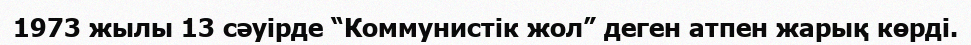
1973 жылы 13 сәуірде “Коммунистік жол” деген атпен жарық көрді.